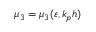
\mu _ { 3 } = \mu _ { 3 } ( \varepsilon , k _ { p } h )